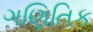
ગણિતિક